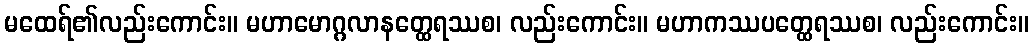
မထေရ်၏လည်းကောင်း။ မဟာမောဂ္ဂလာနတ္ထေရဿစ၊ လည်းကောင်း။ မဟာကဿပတ္ထေရဿစ၊ လည်းကောင်း။